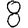
Digit: 8